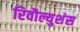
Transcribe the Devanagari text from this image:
रिवौल्युशंस